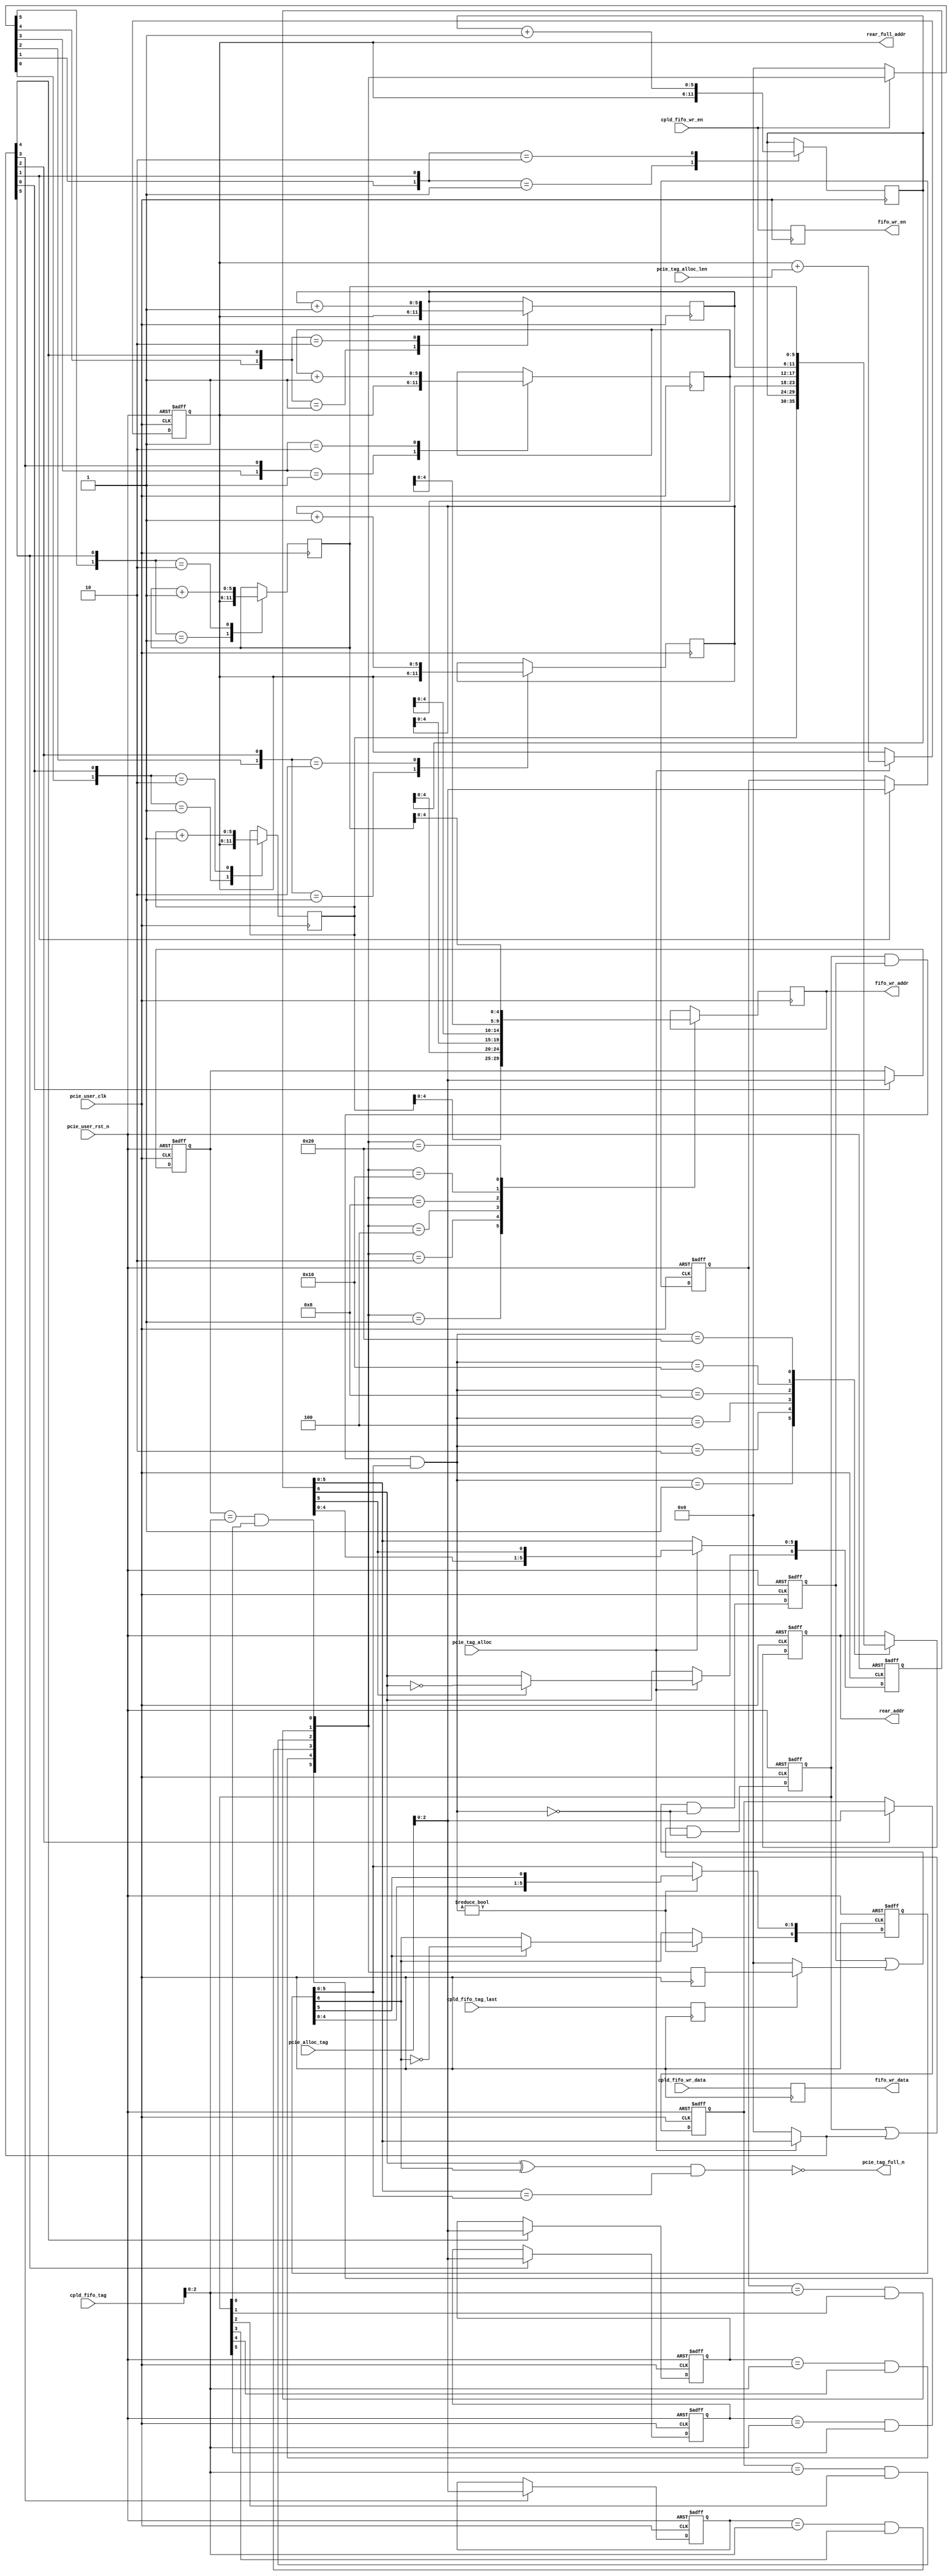

/*
----------------------------------------------------------------------------------
Copyright (c) 2013-2014

  Embedded and Network Computing Lab.
  Open SSD Project
  Hanyang University

All rights reserved.

----------------------------------------------------------------------------------

Redistribution and use in source and binary forms, with or without
modification, are permitted provided that the following conditions are
met:

  1. Redistributions of source code must retain the above copyright
     notice, this list of conditions and the following disclaimer.

  2. Redistributions in binary form must reproduce the above copyright
     notice, this list of conditions and the following disclaimer in the
     documentation and/or other materials provided with the distribution.

  3. All advertising materials mentioning features or use of this source code
     must display the following acknowledgement:
     This product includes source code developed 
     by the Embedded and Network Computing Lab. and the Open SSD Project.

THIS SOFTWARE IS PROVIDED BY THE COPYRIGHT HOLDERS AND CONTRIBUTORS "AS IS" AND
ANY EXPRESS OR IMPLIED WARRANTIES, INCLUDING, BUT NOT LIMITED TO, THE IMPLIED
WARRANTIES OF MERCHANTABILITY AND FITNESS FOR A PARTICULAR PURPOSE ARE
DISCLAIMED. IN NO EVENT SHALL THE COPYRIGHT OWNER OR CONTRIBUTORS BE LIABLE FOR
ANY DIRECT, INDIRECT, INCIDENTAL, SPECIAL, EXEMPLARY, OR CONSEQUENTIAL DAMAGES
(INCLUDING, BUT NOT LIMITED TO, PROCUREMENT OF SUBSTITUTE GOODS OR SERVICES;
LOSS OF USE, DATA, OR PROFITS; OR BUSINESS INTERRUPTION) HOWEVER CAUSED AND
ON ANY THEORY OF LIABILITY, WHETHER IN CONTRACT, STRICT LIABILITY, OR TORT
(INCLUDING NEGLIGENCE OR OTHERWISE) ARISING IN ANY WAY OUT OF THE USE OF THIS
SOFTWARE, EVEN IF ADVISED OF THE POSSIBILITY OF SUCH DAMAGE.

----------------------------------------------------------------------------------

http://enclab.hanyang.ac.kr/
http://www.openssd-project.org/
http://www.hanyang.ac.kr/

----------------------------------------------------------------------------------
*/


`timescale 1ns / 1ps


module pcie_prp_rx_tag # (
	parameter	C_PCIE_DATA_WIDTH			= 128,
	parameter	P_FIFO_DEPTH_WIDTH			= 5
)
(
	input									pcie_user_clk,
	input									pcie_user_rst_n,

	input									pcie_tag_alloc,
	input	[7:0]							pcie_alloc_tag,
	input	[5:4]							pcie_tag_alloc_len,
	output									pcie_tag_full_n,

	input	[7:0]							cpld_fifo_tag,
	input	[C_PCIE_DATA_WIDTH-1:0]			cpld_fifo_wr_data,
	input									cpld_fifo_wr_en,
	input									cpld_fifo_tag_last,

	output									fifo_wr_en,
	output	[P_FIFO_DEPTH_WIDTH-1:0]		fifo_wr_addr,
	output	[C_PCIE_DATA_WIDTH-1:0]			fifo_wr_data,
	output	[P_FIFO_DEPTH_WIDTH:0]			rear_full_addr,
	output	[P_FIFO_DEPTH_WIDTH:0]			rear_addr
);

localparam	LP_PCIE_TAG_PREFIX				= 5'b00001;
localparam	LP_PCIE_TAG_WITDH				= 3;
localparam	LP_NUM_OF_PCIE_TAG				= 6;

reg		[LP_NUM_OF_PCIE_TAG:0]				r_pcie_tag_rear;
reg		[LP_NUM_OF_PCIE_TAG:0]				r_pcie_tag_front;
reg		[P_FIFO_DEPTH_WIDTH:0]				r_alloc_base_addr;

reg		[LP_PCIE_TAG_WITDH-1:0]				r_pcie_tag [LP_NUM_OF_PCIE_TAG-1:0];
reg		[P_FIFO_DEPTH_WIDTH:0]				r_pcie_tag_addr [LP_NUM_OF_PCIE_TAG-1:0];

(* KEEP = "TRUE", EQUIVALENT_REGISTER_REMOVAL = "NO" *)	reg		[C_PCIE_DATA_WIDTH-1:0]				r_cpld_fifo_wr_data;
reg											r_cpld_fifo_wr_en;
reg											r_cpld_fifo_tag_last;

wire	[LP_NUM_OF_PCIE_TAG-1:0]			w_pcie_tag_hit;
reg		[LP_NUM_OF_PCIE_TAG-1:0]			r_pcie_tag_hit;

reg		[LP_NUM_OF_PCIE_TAG-1:0]			r_pcie_tag_alloc_mask;
reg		[LP_NUM_OF_PCIE_TAG-1:0]			r_pcie_tag_update_mask;
reg		[LP_NUM_OF_PCIE_TAG-1:0]			r_pcie_tag_invalid_mask;
reg		[LP_NUM_OF_PCIE_TAG-1:0]			r_pcie_tag_free_mask;

reg		[LP_NUM_OF_PCIE_TAG-1:0]			r_pcie_tag_valid;
reg		[LP_NUM_OF_PCIE_TAG-1:0]			r_pcie_tag_invalid;

reg		[P_FIFO_DEPTH_WIDTH:0]				r_rear_addr;

reg		[P_FIFO_DEPTH_WIDTH-1:0]			r_fifo_wr_addr;

assign pcie_tag_full_n = ~((r_pcie_tag_rear[LP_NUM_OF_PCIE_TAG] ^ r_pcie_tag_front[LP_NUM_OF_PCIE_TAG])
							& (r_pcie_tag_rear[LP_NUM_OF_PCIE_TAG-1:0] == r_pcie_tag_front[LP_NUM_OF_PCIE_TAG-1:0]));

assign fifo_wr_en = r_cpld_fifo_wr_en;
assign fifo_wr_addr = r_fifo_wr_addr;
assign fifo_wr_data = r_cpld_fifo_wr_data;
assign rear_full_addr = r_alloc_base_addr;
assign rear_addr = r_rear_addr;

always @ (posedge pcie_user_clk or negedge pcie_user_rst_n)
begin
	if(pcie_user_rst_n == 0) begin
		r_pcie_tag_rear <= 1;
		r_alloc_base_addr <= 0;
		r_pcie_tag[0] <= {LP_PCIE_TAG_WITDH{1'b1}};
		r_pcie_tag[1] <= {LP_PCIE_TAG_WITDH{1'b1}};
		r_pcie_tag[2] <= {LP_PCIE_TAG_WITDH{1'b1}};
		r_pcie_tag[3] <= {LP_PCIE_TAG_WITDH{1'b1}};
		r_pcie_tag[4] <= {LP_PCIE_TAG_WITDH{1'b1}};
		r_pcie_tag[5] <= {LP_PCIE_TAG_WITDH{1'b1}};
	end
	else begin
		if(pcie_tag_alloc == 1) begin
			r_pcie_tag_rear[LP_NUM_OF_PCIE_TAG-1:0] <= {r_pcie_tag_rear[LP_NUM_OF_PCIE_TAG-2:0], r_pcie_tag_rear[LP_NUM_OF_PCIE_TAG-1]};
			r_alloc_base_addr <= r_alloc_base_addr + pcie_tag_alloc_len;
			if(r_pcie_tag_rear[LP_NUM_OF_PCIE_TAG-1] == 1)
				r_pcie_tag_rear[LP_NUM_OF_PCIE_TAG] <= ~r_pcie_tag_rear[LP_NUM_OF_PCIE_TAG];
		end
		
		if(r_pcie_tag_alloc_mask[0])
			r_pcie_tag[0] <= pcie_alloc_tag[LP_PCIE_TAG_WITDH-1:0];
		if(r_pcie_tag_alloc_mask[1])
			r_pcie_tag[1] <= pcie_alloc_tag[LP_PCIE_TAG_WITDH-1:0];
		if(r_pcie_tag_alloc_mask[2])
			r_pcie_tag[2] <= pcie_alloc_tag[LP_PCIE_TAG_WITDH-1:0];
		if(r_pcie_tag_alloc_mask[3])
			r_pcie_tag[3] <= pcie_alloc_tag[LP_PCIE_TAG_WITDH-1:0];
		if(r_pcie_tag_alloc_mask[4])
			r_pcie_tag[4] <= pcie_alloc_tag[LP_PCIE_TAG_WITDH-1:0];
		if(r_pcie_tag_alloc_mask[5])
			r_pcie_tag[5] <= pcie_alloc_tag[LP_PCIE_TAG_WITDH-1:0];
	end
end

always @ (*)
begin
	if(pcie_tag_alloc == 1)
		r_pcie_tag_alloc_mask <= r_pcie_tag_rear[LP_NUM_OF_PCIE_TAG-1:0];
	else
		r_pcie_tag_alloc_mask <= 0;

	if(cpld_fifo_wr_en == 1)
		r_pcie_tag_update_mask <= w_pcie_tag_hit;
	else
		r_pcie_tag_update_mask <= 0;

	if(r_cpld_fifo_tag_last == 1)
		r_pcie_tag_invalid_mask <= r_pcie_tag_hit;
	else
		r_pcie_tag_invalid_mask <= 0;

	r_pcie_tag_free_mask <= r_pcie_tag_valid & r_pcie_tag_invalid & r_pcie_tag_front[LP_NUM_OF_PCIE_TAG-1:0];
end

always @ (posedge pcie_user_clk)
begin
	case({r_pcie_tag_update_mask[0], r_pcie_tag_alloc_mask[0]}) // synthesis parallel_case
		2'b01: r_pcie_tag_addr[0] <= r_alloc_base_addr;
		2'b10: r_pcie_tag_addr[0] <= r_pcie_tag_addr[0] + 1;
	endcase

	case({r_pcie_tag_update_mask[1], r_pcie_tag_alloc_mask[1]}) // synthesis parallel_case
		2'b01: r_pcie_tag_addr[1] <= r_alloc_base_addr;
		2'b10: r_pcie_tag_addr[1] <= r_pcie_tag_addr[1] + 1;
	endcase

	case({r_pcie_tag_update_mask[2], r_pcie_tag_alloc_mask[2]}) // synthesis parallel_case
		2'b01: r_pcie_tag_addr[2] <= r_alloc_base_addr;
		2'b10: r_pcie_tag_addr[2] <= r_pcie_tag_addr[2] + 1;
	endcase

	case({r_pcie_tag_update_mask[3], r_pcie_tag_alloc_mask[3]}) // synthesis parallel_case
		2'b01: r_pcie_tag_addr[3] <= r_alloc_base_addr;
		2'b10: r_pcie_tag_addr[3] <= r_pcie_tag_addr[3] + 1;
	endcase

	case({r_pcie_tag_update_mask[4], r_pcie_tag_alloc_mask[4]}) // synthesis parallel_case
		2'b01: r_pcie_tag_addr[4] <= r_alloc_base_addr;
		2'b10: r_pcie_tag_addr[4] <= r_pcie_tag_addr[4] + 1;
	endcase

	case({r_pcie_tag_update_mask[5], r_pcie_tag_alloc_mask[5]}) // synthesis parallel_case
		2'b01: r_pcie_tag_addr[5] <= r_alloc_base_addr;
		2'b10: r_pcie_tag_addr[5] <= r_pcie_tag_addr[5] + 1;
	endcase
end

assign w_pcie_tag_hit[0] = (r_pcie_tag[0] == cpld_fifo_tag[LP_PCIE_TAG_WITDH-1:0]) & r_pcie_tag_valid[0];
assign w_pcie_tag_hit[1] = (r_pcie_tag[1] == cpld_fifo_tag[LP_PCIE_TAG_WITDH-1:0]) & r_pcie_tag_valid[1];
assign w_pcie_tag_hit[2] = (r_pcie_tag[2] == cpld_fifo_tag[LP_PCIE_TAG_WITDH-1:0]) & r_pcie_tag_valid[2];
assign w_pcie_tag_hit[3] = (r_pcie_tag[3] == cpld_fifo_tag[LP_PCIE_TAG_WITDH-1:0]) & r_pcie_tag_valid[3];
assign w_pcie_tag_hit[4] = (r_pcie_tag[4] == cpld_fifo_tag[LP_PCIE_TAG_WITDH-1:0]) & r_pcie_tag_valid[4];
assign w_pcie_tag_hit[5] = (r_pcie_tag[5] == cpld_fifo_tag[LP_PCIE_TAG_WITDH-1:0]) & r_pcie_tag_valid[5];

always @ (posedge pcie_user_clk)
begin
	r_cpld_fifo_tag_last <= cpld_fifo_tag_last;
	r_cpld_fifo_wr_en <= cpld_fifo_wr_en;
	r_cpld_fifo_wr_data <= cpld_fifo_wr_data;
end

always @ (posedge pcie_user_clk)
begin
	r_pcie_tag_hit <= w_pcie_tag_hit;
	
	case(w_pcie_tag_hit) // synthesis parallel_case
		6'b000001: r_fifo_wr_addr <= r_pcie_tag_addr[0][P_FIFO_DEPTH_WIDTH-1:0];
		6'b000010: r_fifo_wr_addr <= r_pcie_tag_addr[1][P_FIFO_DEPTH_WIDTH-1:0];
		6'b000100: r_fifo_wr_addr <= r_pcie_tag_addr[2][P_FIFO_DEPTH_WIDTH-1:0];
		6'b001000: r_fifo_wr_addr <= r_pcie_tag_addr[3][P_FIFO_DEPTH_WIDTH-1:0];
		6'b010000: r_fifo_wr_addr <= r_pcie_tag_addr[4][P_FIFO_DEPTH_WIDTH-1:0];
		6'b100000: r_fifo_wr_addr <= r_pcie_tag_addr[5][P_FIFO_DEPTH_WIDTH-1:0];
	endcase
end


always @ (posedge pcie_user_clk or negedge pcie_user_rst_n)
begin
	if(pcie_user_rst_n == 0) begin
		r_pcie_tag_front <= 1;
		r_rear_addr <= 0;
		r_pcie_tag_valid <= 0;
		r_pcie_tag_invalid <= 0;
	end
	else begin
		r_pcie_tag_valid <= (r_pcie_tag_valid | r_pcie_tag_alloc_mask) & ~r_pcie_tag_free_mask;
		r_pcie_tag_invalid <= (r_pcie_tag_invalid | r_pcie_tag_invalid_mask) & ~r_pcie_tag_free_mask;

		if(r_pcie_tag_free_mask != 0) begin
			r_pcie_tag_front[LP_NUM_OF_PCIE_TAG-1:0] <= {r_pcie_tag_front[LP_NUM_OF_PCIE_TAG-2:0], r_pcie_tag_front[LP_NUM_OF_PCIE_TAG-1]};
			if(r_pcie_tag_front[LP_NUM_OF_PCIE_TAG-1] == 1)
				r_pcie_tag_front[LP_NUM_OF_PCIE_TAG] <= ~r_pcie_tag_front[LP_NUM_OF_PCIE_TAG];
		end
		
		case(r_pcie_tag_free_mask) // synthesis parallel_case
			6'b000001: r_rear_addr <= r_pcie_tag_addr[0];
			6'b000010: r_rear_addr <= r_pcie_tag_addr[1];
			6'b000100: r_rear_addr <= r_pcie_tag_addr[2];
			6'b001000: r_rear_addr <= r_pcie_tag_addr[3];
			6'b010000: r_rear_addr <= r_pcie_tag_addr[4];
			6'b100000: r_rear_addr <= r_pcie_tag_addr[5];
		endcase	
	end
end

endmodule